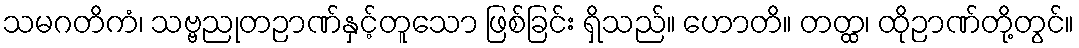
သမဂတိကံ၊ သဗ္ဗညုတဉာဏ်နှင့်တူသော ဖြစ်ခြင်း ရှိသည်။ ဟောတိ။ တတ္ထ၊ ထိုဉာဏ်တို့တွင်။